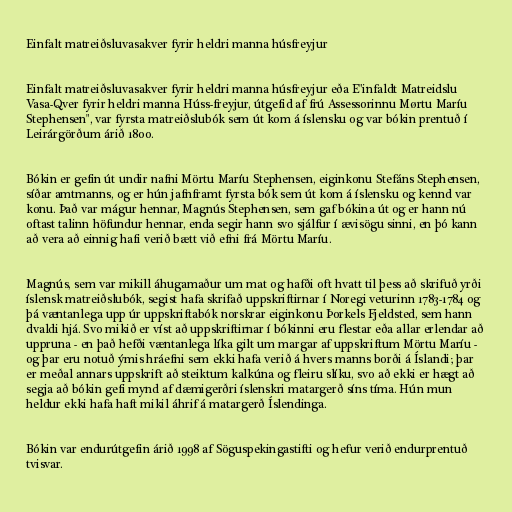
Einfalt matreiðsluvasakver fyrir heldri manna húsfreyjur

Einfalt matreiðsluvasakver fyrir heldri manna húsfreyjur eða E"infaldt Matreidslu
Vasa-Qver fyrir heldri manna Húss-freyjur, útgefid af frú Assessorinnu Mørtu Maríu
Stephensen", var fyrsta matreiðslubók sem út kom á íslensku og var bókin prentuð í
Leirárgörðum árið 1800.

Bókin er gefin út undir nafni Mörtu Maríu Stephensen, eiginkonu Stefáns Stephensen,
síðar amtmanns, og er hún jafnframt fyrsta bók sem út kom á íslensku og kennd var
konu. Það var mágur hennar, Magnús Stephensen, sem gaf bókina út og er hann nú
oftast talinn höfundur hennar, enda segir hann svo sjálfur í ævisögu sinni, en þó kann
að vera að einnig hafi verið bætt við efni frá Mörtu Maríu.

Magnús, sem var mikill áhugamaður um mat og hafði oft hvatt til þess að skrifuð yrði
íslensk matreiðslubók, segist hafa skrifað uppskriftirnar í Noregi veturinn 1783-1784 og
þá væntanlega upp úr uppskriftabók norskrar eiginkonu Þorkels Fjeldsted, sem hann
dvaldi hjá. Svo mikið er víst að uppskriftirnar í bókinni eru flestar eða allar erlendar að
uppruna - en það hefði væntanlega líka gilt um margar af uppskriftum Mörtu Maríu -
og þar eru notuð ýmis hráefni sem ekki hafa verið á hvers manns borði á Íslandi; þar
er meðal annars uppskrift að steiktum kalkúna og fleiru slíku, svo að ekki er hægt að
segja að bókin gefi mynd af dæmigerðri íslenskri matargerð síns tíma. Hún mun
heldur ekki hafa haft mikil áhrif á matargerð Íslendinga.

Bókin var endurútgefin árið 1998 af Söguspekingastifti og hefur verið endurprentuð
tvisvar.